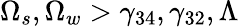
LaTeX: \Omega_{s},\Omega_{w}>\gamma_{34},\gamma_{32},\Lambda